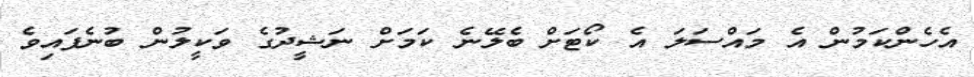
އެހެންކަމުން އެ މައްސަލަ އެ ކޯޓަށް ބެލޭނެ ކަމަށް ނަޝީދުގެ ވަކީލުން ބުނެފައިވެ